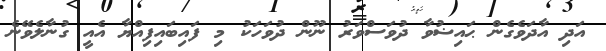
އަދި އާދަވެގެން ޙައިޟުވާ ދުވަސްވަރު ނޫން ދުވަހަކު މި ފައިބައިފިއްޔާ އެއީ ގުނާލެވޭނެ